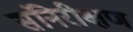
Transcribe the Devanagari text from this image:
संनिरीक्षण